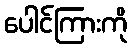
ပေါင်ကြားကို